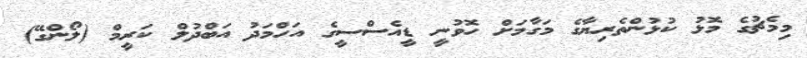
މިމެޗުގެ މޮޅު ކުޅުންތެރިޔާގެ މަގާމަށް ހޮވުނީ ޑީއެސްސީގެ އަހްމަދު އަބްދުލް ކަރީމް (ލޯންގޭ)